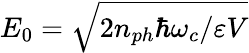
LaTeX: E_{0}=\sqrt{2{n_{ph}\hbar\omega_{c}}/{\varepsilon V}}